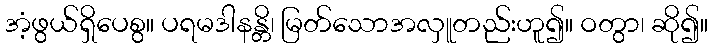
အံ့ဖွယ်ရှိပေစွ။ ပရမဒါနန္တိ၊ မြတ်သောအလှူတည်းဟူ၍။ ဝတွာ၊ ဆို၍။